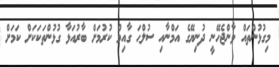
މިގުޅުންތައް ވާންޖެހޭނީ ދުނިޔޭގެ އަމްނާއި ސުލްޙަ ގާއިމް ކުރުމަށް ބާރުއަޅާ ގުޅުންތަކަކަށް ކަމަށް